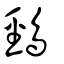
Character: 鵛